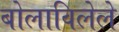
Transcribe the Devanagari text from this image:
बोलाविलेले